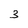
Character: 3